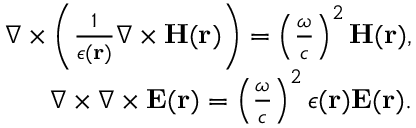
\begin{array} { r } { \nabla \times \left( \frac { 1 } { \epsilon ( { \bf r } ) } \nabla \times { \bf H } ( { \bf r } ) \right) = \left( \frac { \omega } { c } \right) ^ { 2 } { \bf H } ( { \bf r } ) , } \\ { \nabla \times \nabla \times { \bf E } ( { \bf r } ) = \left( \frac { \omega } { c } \right) ^ { 2 } \epsilon ( { \bf r } ) { \bf E } ( { \bf r } ) . } \end{array}